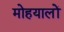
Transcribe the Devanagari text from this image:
मोहयालों